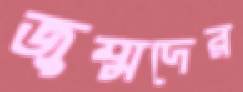
জুম্মদের